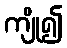
ကျို၍